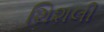
શિશલી